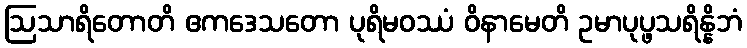
ဩသာရိတောတိ ဧကဒေသတော ပုရိမဝဿံ ဝိနာမေတိ ဥမာပုပ္ဖသရိန္နိဘံ